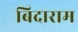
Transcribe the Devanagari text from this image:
बिदाराम